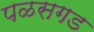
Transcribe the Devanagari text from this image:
पळसगड